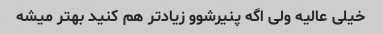
خیلی عالیه ولی اگه پنیرشوو زیاد‌تر هم کنید بهتر میشه